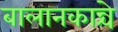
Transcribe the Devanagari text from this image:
बालानकान्चे